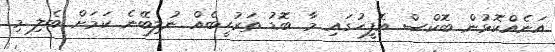
އަނެއްކޮޅުން ބޮކްސް އޮފީހުގައި މާ ބޮޑު ތަރުހީބެއް ނުލިބޭނެ ކަމަށް ބެލި މި